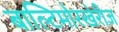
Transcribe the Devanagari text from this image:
बाल्टिमोरखेरीज